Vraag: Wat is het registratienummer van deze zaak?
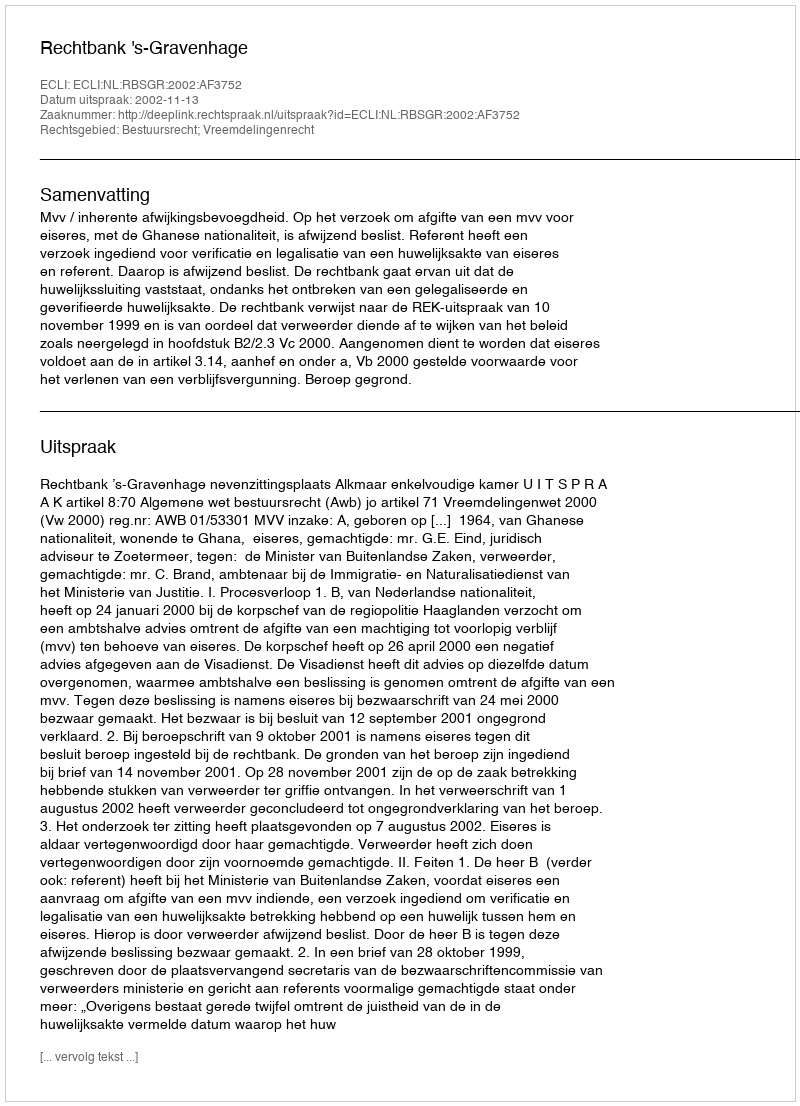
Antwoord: http://deeplink.rechtspraak.nl/uitspraak?id=ECLI:NL:RBSGR:2002:AF3752